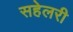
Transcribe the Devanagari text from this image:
सहेलरी